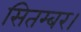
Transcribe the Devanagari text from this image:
सितम्बर।